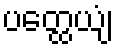
ပတ္ထေယျံ